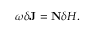
\omega \delta \mathbf { J } = \mathbf { N } \delta H .